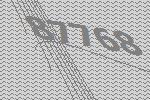
87768